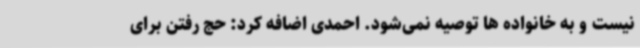
نیست و به خانواده ها توصیه نمی‌شود. احمدی اضافه کرد: حج رفتن برای